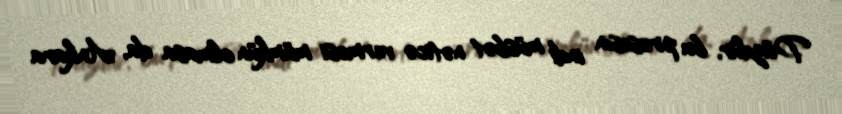
Düzdür, bu prosesin indi müsbət nəticə verməsi mümkün olmasa da, Ankara